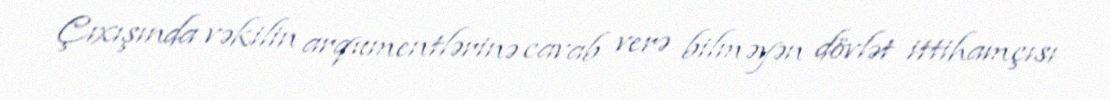
Çıxışında vəkilin arqumentlərinə cavab verə bilməyən dövlət ittihamçısı